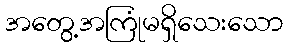
အတွေ့အကြုံမရှိသေးသော